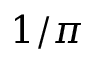
1 / \pi